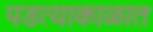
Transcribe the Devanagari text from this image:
पडत्याकाळात